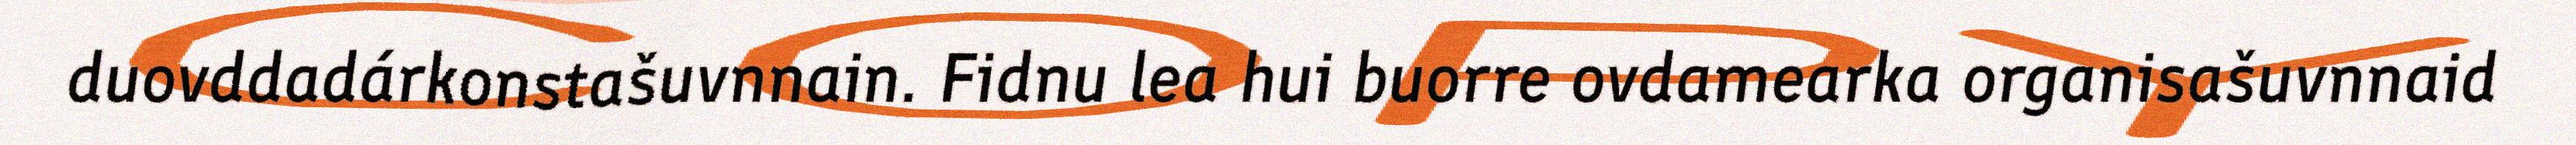
duovddadárkonstašuvnnain. Fidnu lea hui buorre ovdamearka organisašuvnnaid